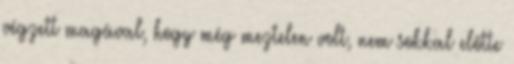
végzett magával, hogy még meztelen volt, nem sokkal előtte